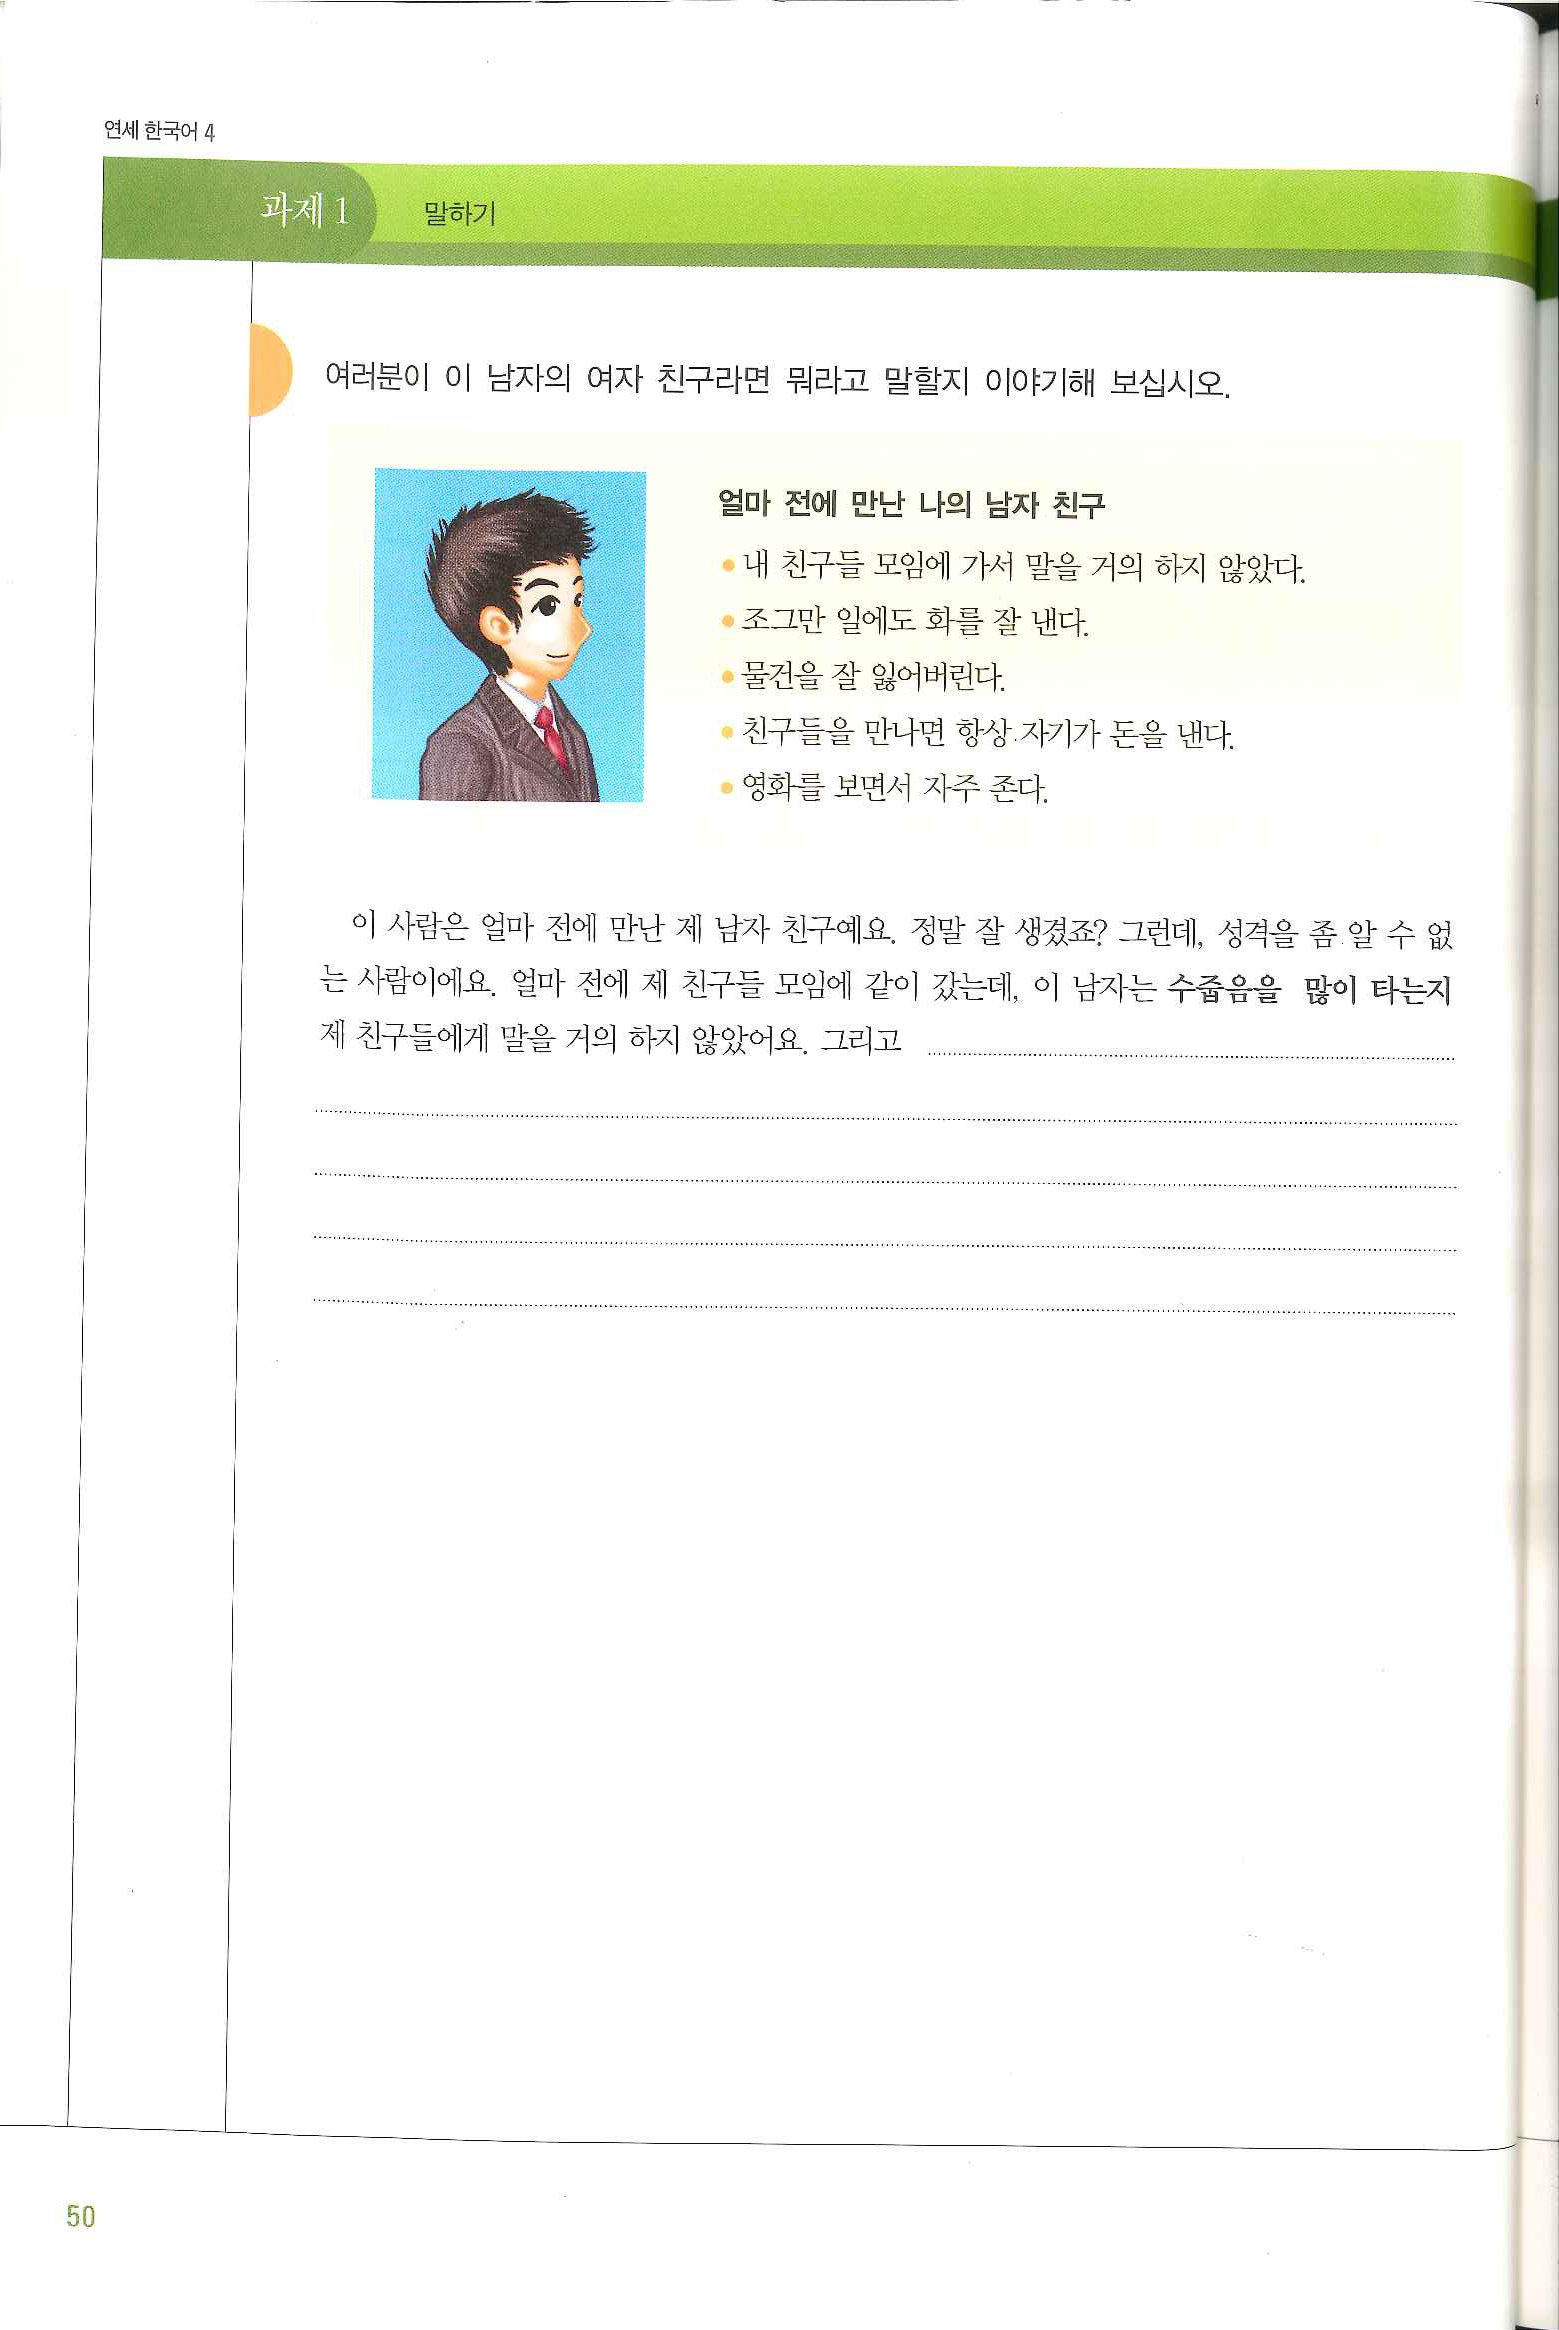
Language: ko